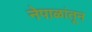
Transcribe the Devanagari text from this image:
नेपाळांतून